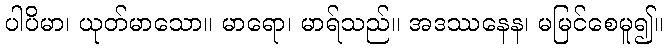
ပါပိမာ၊ ယုတ်မာသော။ မာရော၊ မာရ်သည်။ အဒဿနေန၊ မမြင်စေမူ၍။